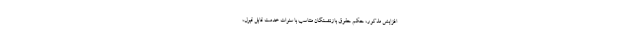
افزایش مذکور، حکم حقوق بازنشستگان متناسب با سنوات خدمت قابل قبول،